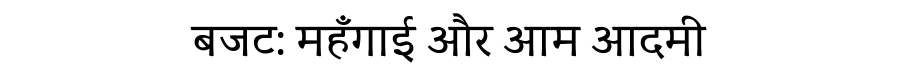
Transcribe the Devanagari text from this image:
बजट: महँगाई और आम आदमी